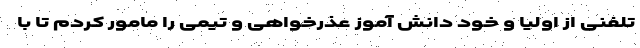
تلفنی از اولیا و خود دانش آموز عذرخواهی و تیمی را مامور کردم تا با